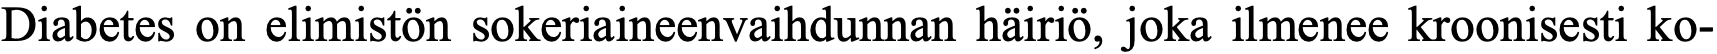
Diabetes on elimistön sokeriaineenvaihdunnan häiriö, joka ilmenee kroonisesti ko-